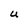
Character: U